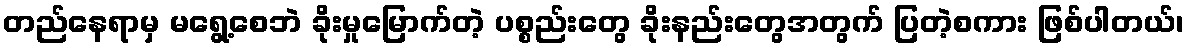
တည်နေရာမှ မရွေ့စေဘဲ ခိုးမှုမြောက်တဲ့ ပစ္စည်းတွေ ခိုးနည်းတွေအတွက် ပြတဲ့စကား ဖြစ်ပါတယ်၊